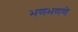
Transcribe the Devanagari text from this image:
भणभणणे